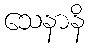
သေနာနိ